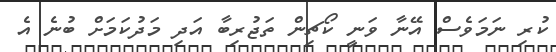
ކުރި ނަމަވެސް އޭނާ ވަނީ ކޯޗިން ތަޖުރިބާ އަދި މަދުކަމަށް ބުނެ އެ